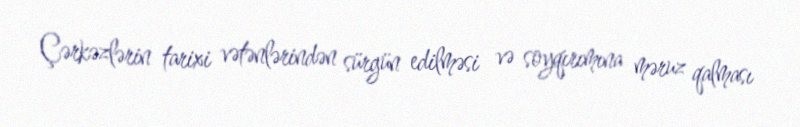
Çərkəzlərin tarixi vətənlərindən sürgün edilməsi və soyqırımına məruz qalması